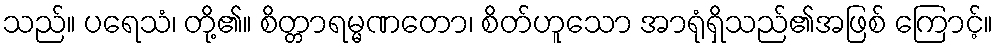
သည်။ ပရေသံ၊ တို့၏။ စိတ္တာရမ္မဏတော၊ စိတ်ဟူသော အာရုံရှိသည်၏အဖြစ် ကြောင့်။